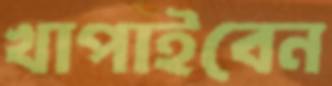
খাপাইবেন